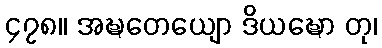
၄၇၈။ အဍ္ဎတေယျော ဒိယဍ္ဎော တု၊